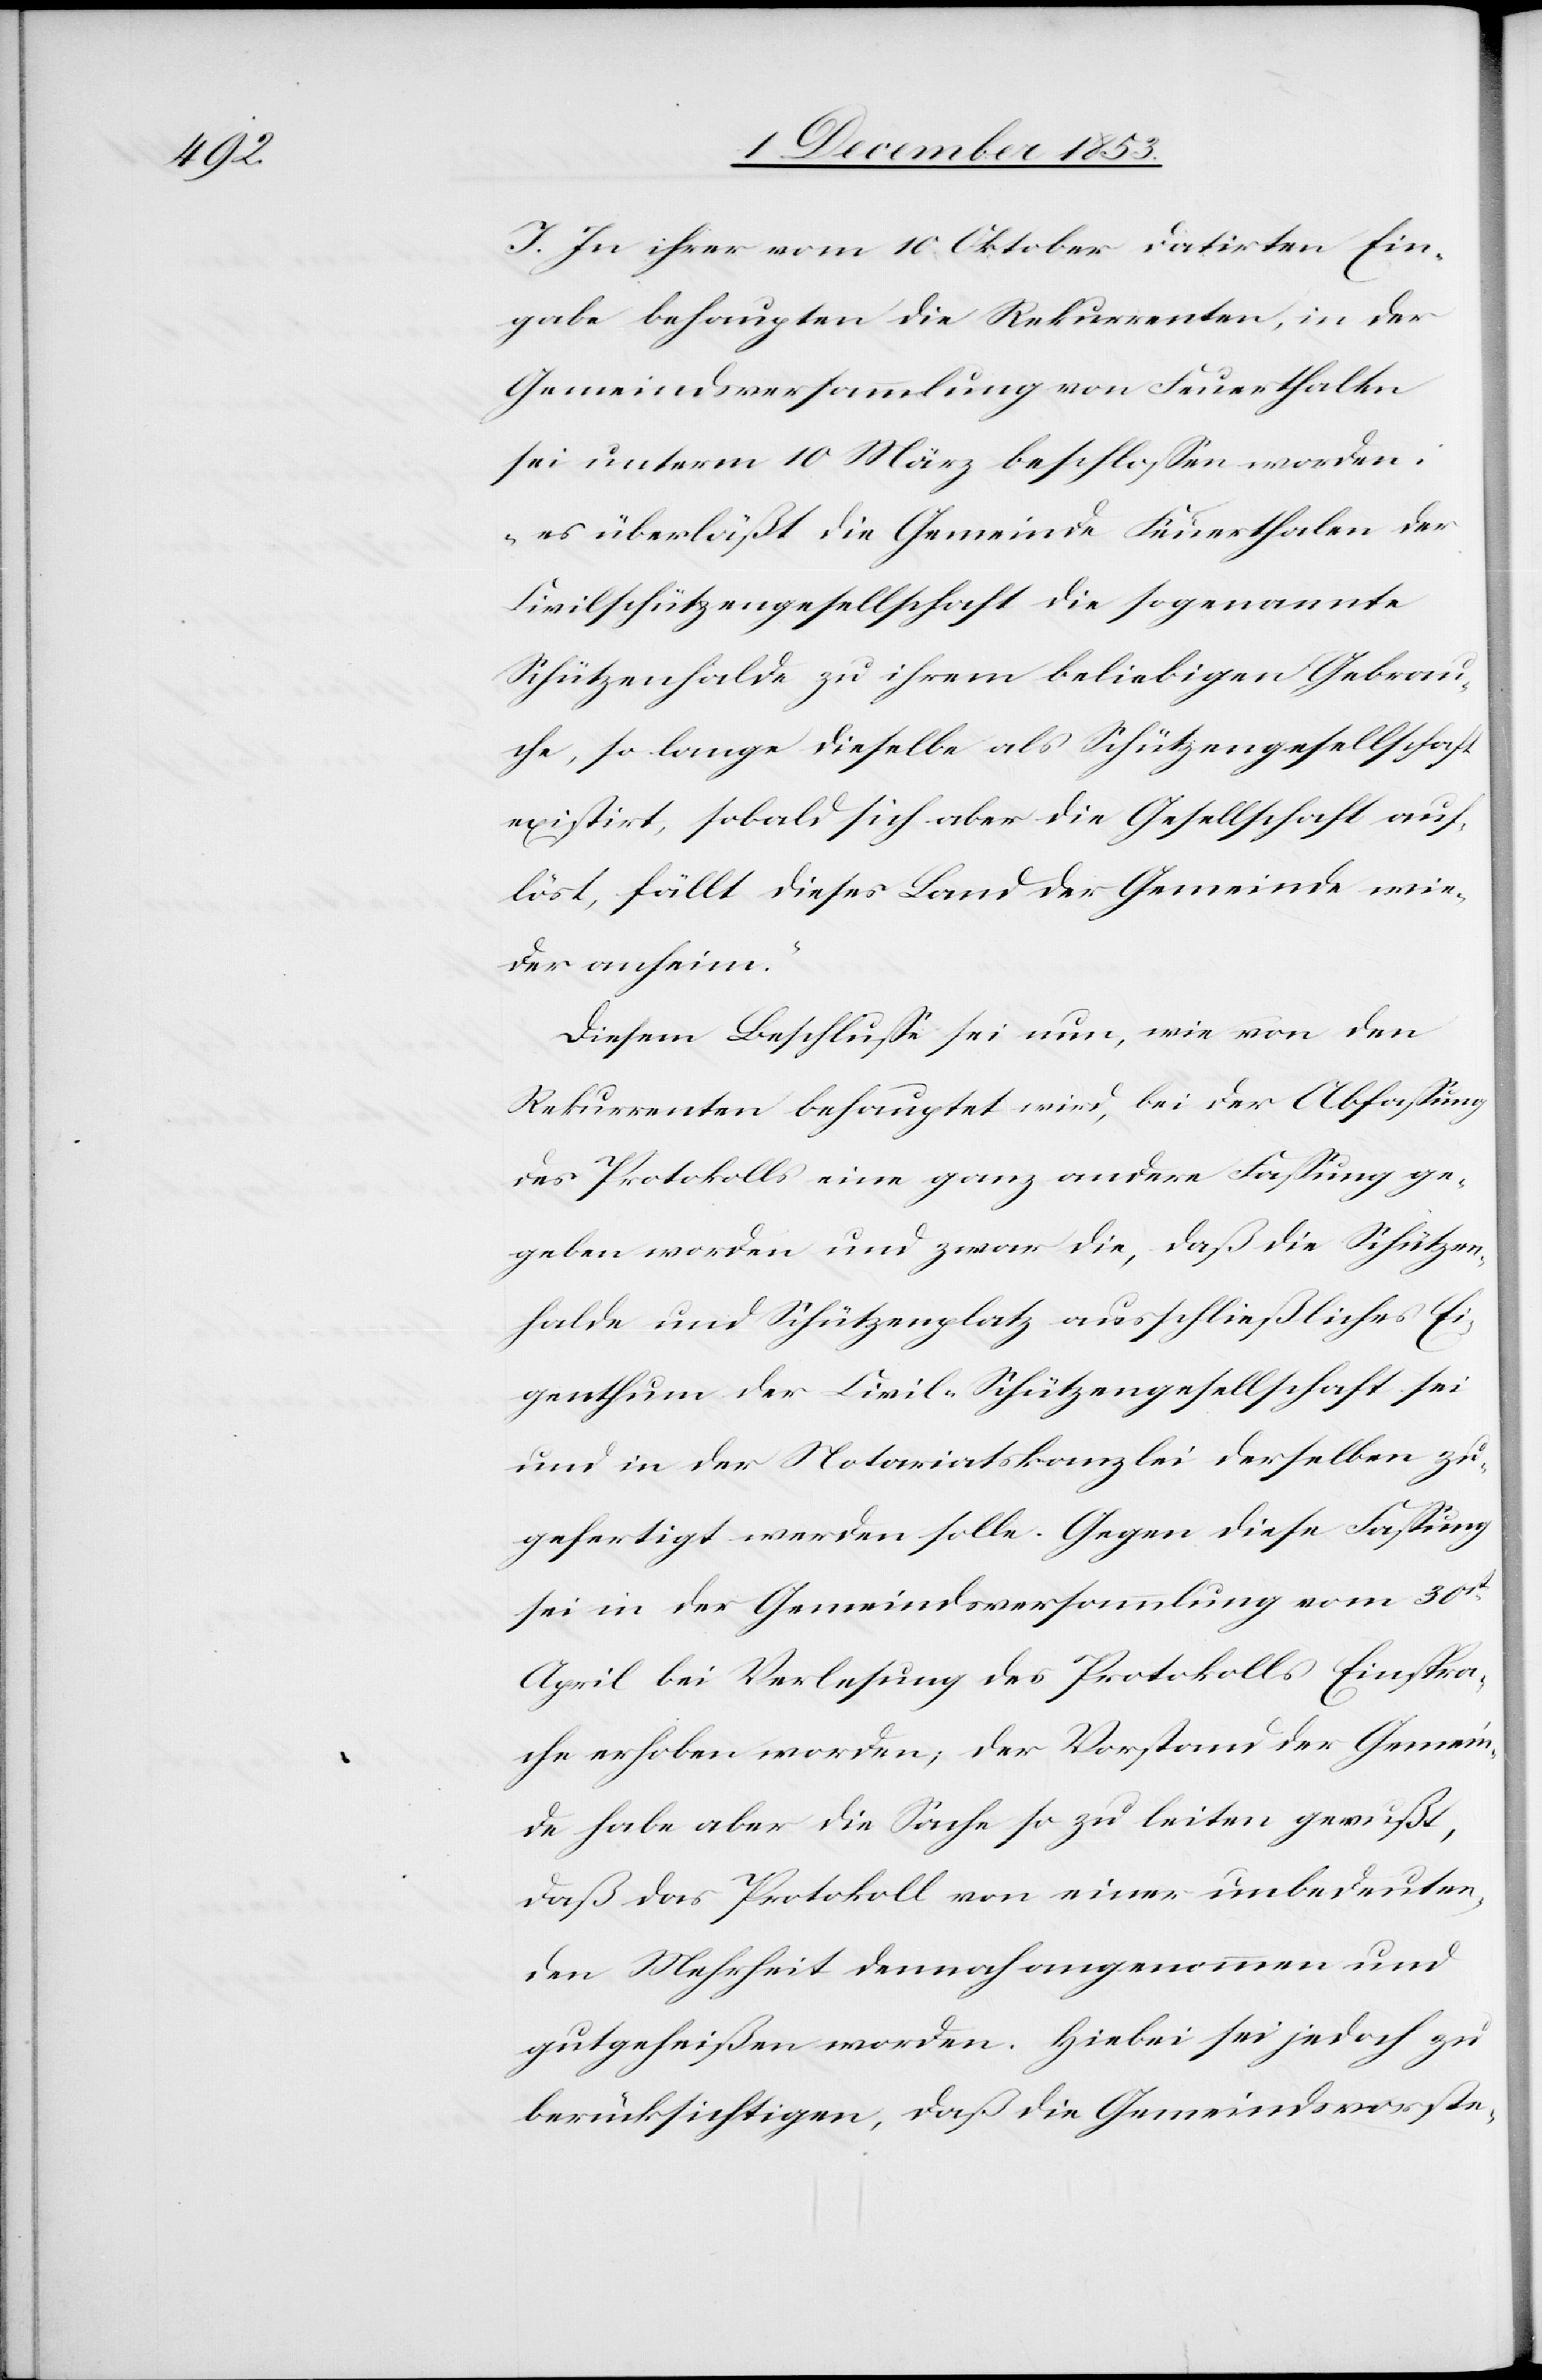
J. In ihrer vom 10 Oktober datirten Ein¬
gabe behaupten die Rekurrenten, in der
Gemeindsversammlung von Feuerthalen
sei unterm 10 März beschloßen worden:
„es überläßt die Gemeinde Feuerthalen der
Civilschützengesellschaft die sogenannte
Schützenhalde zu ihrem beliebigen Gebrau¬
che, so lange dieselbe als Schützengesellschaft
existirt, sobald sich aber die Gesellschaft auf¬
löst, fällt dieses Land der Gemeinde wie¬
der anheim.“
Diesem Beschluße sei nun, wie von den
Rekurrenten behauptet wird, bei der Abfaßung
des Protokolls eine ganz andere Faßung ge¬
geben worden und zwar die, daß die Schützen¬
halde und Schützenplatz ausschließliches Ei¬
genthum der Civil-Schützengesellschaft sei
und in der Notariatskanzlei derselben zu¬
gefertigt werden solle. Gegen diese Faßung
sei in der Gemeindsversammlung vom 30t
April bei Verlesung des Protokolls Einspra¬
che erhoben worden, der Vorstand der Gemein¬
de habe aber die Sache so zu leiten gewußt,
daß das Protokoll von einer unbedeuten¬
den Mehrheit dennoch angenommen und
gutgeheißen worden. Hiebei sei jedoch zu
berücksichtigen, daß die Gemeindsvorste-